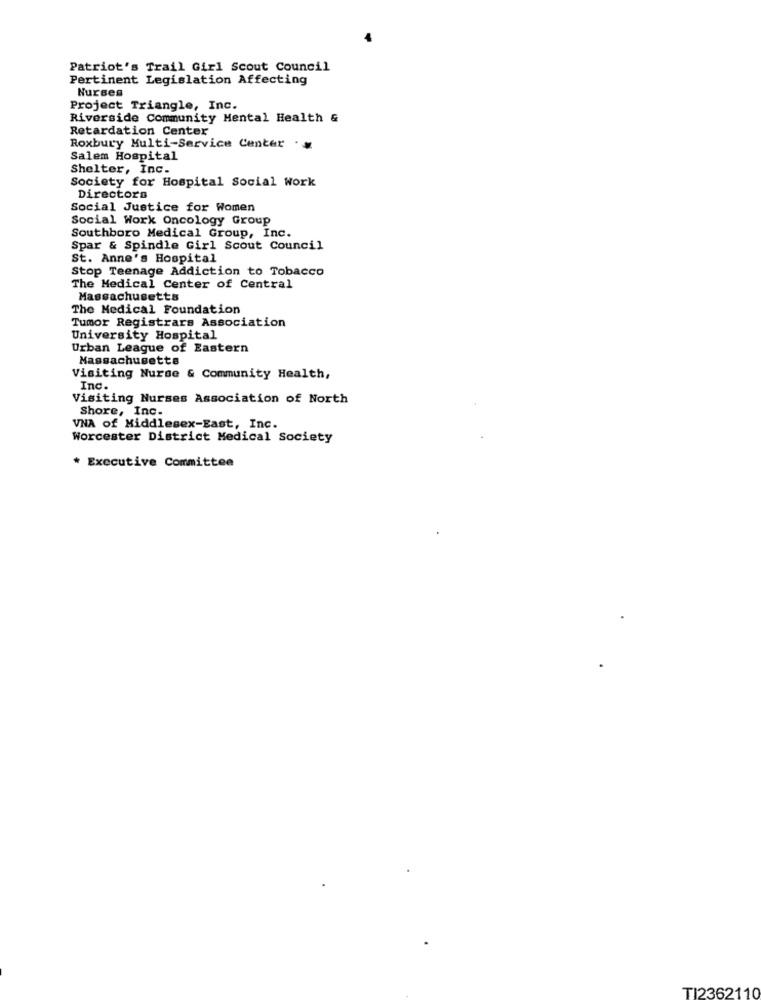
Patriot's Trail Girl Scout Council
Pertinent Legislation Affecting
Nurses
Project Triangle, Inc.
Riverside Community Mental Health &
Retardation Center
Roxbury Multi-Service Center .
Salem Hospital
Shelter, Inc.
Society for Hospital Social work
Directors
Social Justice for Women
Social Work Oncology Group
Southboro Medical Group, Inc.
Spar & Spindle Girl Scout Council
St. Anne's Hospital
Stop Teenage Addiction to Tobacco
The Medical Center of Central
Massachusetts
The Medical Foundation
Tumor Registrars Association
University Hospital
Urban League of Eastern
Massachusetts
Visiting Nurse & Community Health,
Inc.
Visiting Nurses Association of North
Shore, Inc.
VNA of Middlesex-East, Inc.
Worcester District Medical Society
* Executive Committee
TI2362110